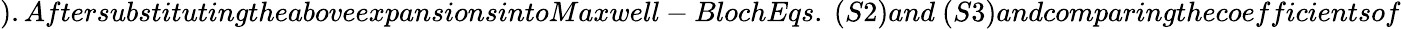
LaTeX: ).AftersubstitutingtheaboveexpansionsintoMaxwell-BlochEqs.~(S2)and~(S3)andcomparingthecoefficientsof